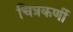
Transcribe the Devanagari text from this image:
चित्रकर्णी